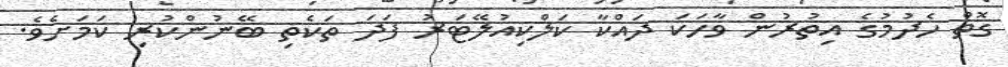
ގޮތް ހެދުމުގެ އިތުރުން ވާހަކަ ދައްކާ ކަލްކިއުލޭޓަރު ފަދަ ތަކެތި ބޭނުންކުރި ކަމަށެވެ.